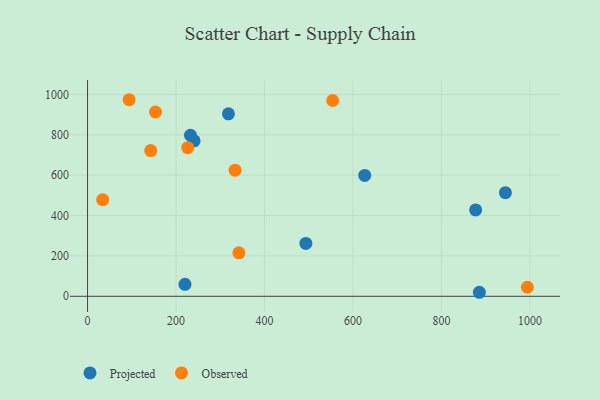
{"axis": {"x": "Speed", "y": "Exam Score"}, "legend": ["Observed", "Projected"], "data": [{"x": "626.6", "y": 598.8, "type": "Projected"}, {"x": "240.9", "y": 770.5, "type": "Projected"}, {"x": "877.4", "y": 427.9, "type": "Projected"}, {"x": "220.2", "y": 59.1, "type": "Projected"}, {"x": "318.5", "y": 903.8, "type": "Projected"}, {"x": "493.5", "y": 261.7, "type": "Projected"}, {"x": "944.7", "y": 513.4, "type": "Projected"}, {"x": "885.7", "y": 19.9, "type": "Projected"}, {"x": "232.7", "y": 797.9, "type": "Projected"}, {"x": "153.6", "y": 913.0, "type": "Observed"}, {"x": "94.0", "y": 973.9, "type": "Observed"}, {"x": "142.8", "y": 721.8, "type": "Observed"}, {"x": "342.2", "y": 215.5, "type": "Observed"}, {"x": "226.5", "y": 736.5, "type": "Observed"}, {"x": "994.3", "y": 44.8, "type": "Observed"}, {"x": "34.1", "y": 478.7, "type": "Observed"}, {"x": "333.5", "y": 624.9, "type": "Observed"}, {"x": "554.2", "y": 970.0, "type": "Observed"}]}